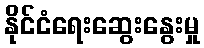
နိုင်ငံရေးဆွေးနွေးမှု